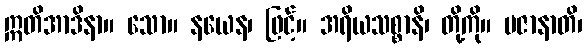
ဣတိအာဒိနာ။ သော။ နယေန၊ ဖြင့်။ အရိယသစ္စာနိ၊ တို့ကို။ ပဇာနာတိ၊